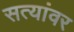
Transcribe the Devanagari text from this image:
सत्यांवर